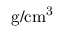
\mathrm { { g } / \mathrm { { c m } ^ { 3 } } }